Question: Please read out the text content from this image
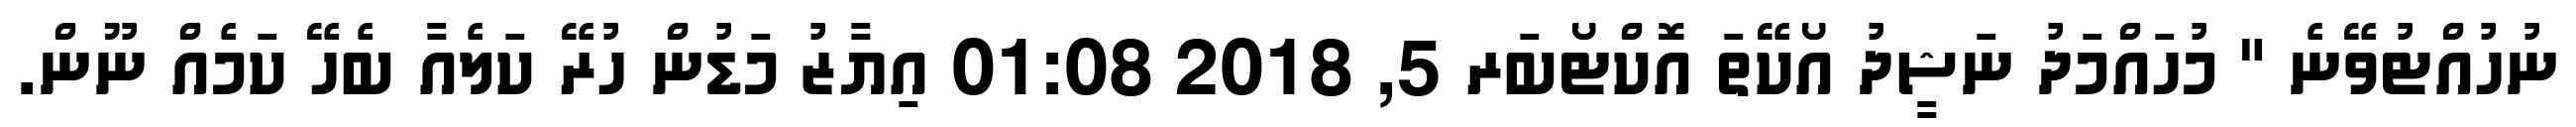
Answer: ނުހުއްޓުވޭނެ " މުހައްމަދު ނަޝީދު އޯކޭތަ އޮކްޓޯބަރ 5, 2018 01:08 އިޔާޒު މަޑުން ހުރޭ ކަލެއާ ބެހޭ ކަމެއް ނޫން.